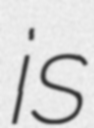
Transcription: is